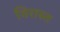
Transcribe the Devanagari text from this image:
विरास्त